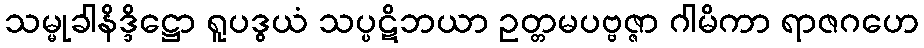
သမ္မုခါနိဒ္ဒိဋ္ဌော ရူပဒွယံ သပ္ပဋိဘယာ ဥတ္တမပဗ္ဗဇ္ဇာ ဂါမိကာ ရာဇဂဟေ